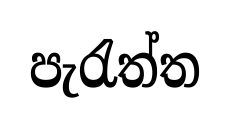
පැරැත්ත